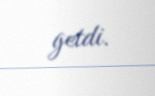
getdi.